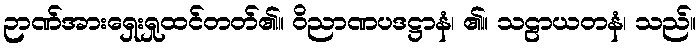
ဉာဏ်အားရှေးရှုထင်တတ်၏။ ဝိညာဏပဒဋ္ဌာနံ၊ ၏။ သဠာယတနံ၊ သည်။